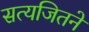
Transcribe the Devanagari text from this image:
सत्यजितने